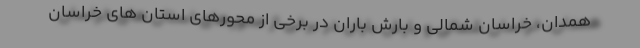
همدان، خراسان شمالی و بارش باران در برخی از محورهای استان های خراسان